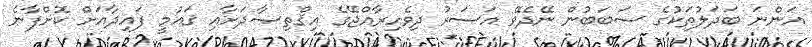
އަންނަ ބަދަލުތަކުގެ ސަބަބުން ނޭދެވޭ އަސަރު ދިވެހިރާއްޖޭގެ އިޤްތިޞާދަށާއި ޤައުމީ ފައިދާއަށް ކޮށްފާނެ